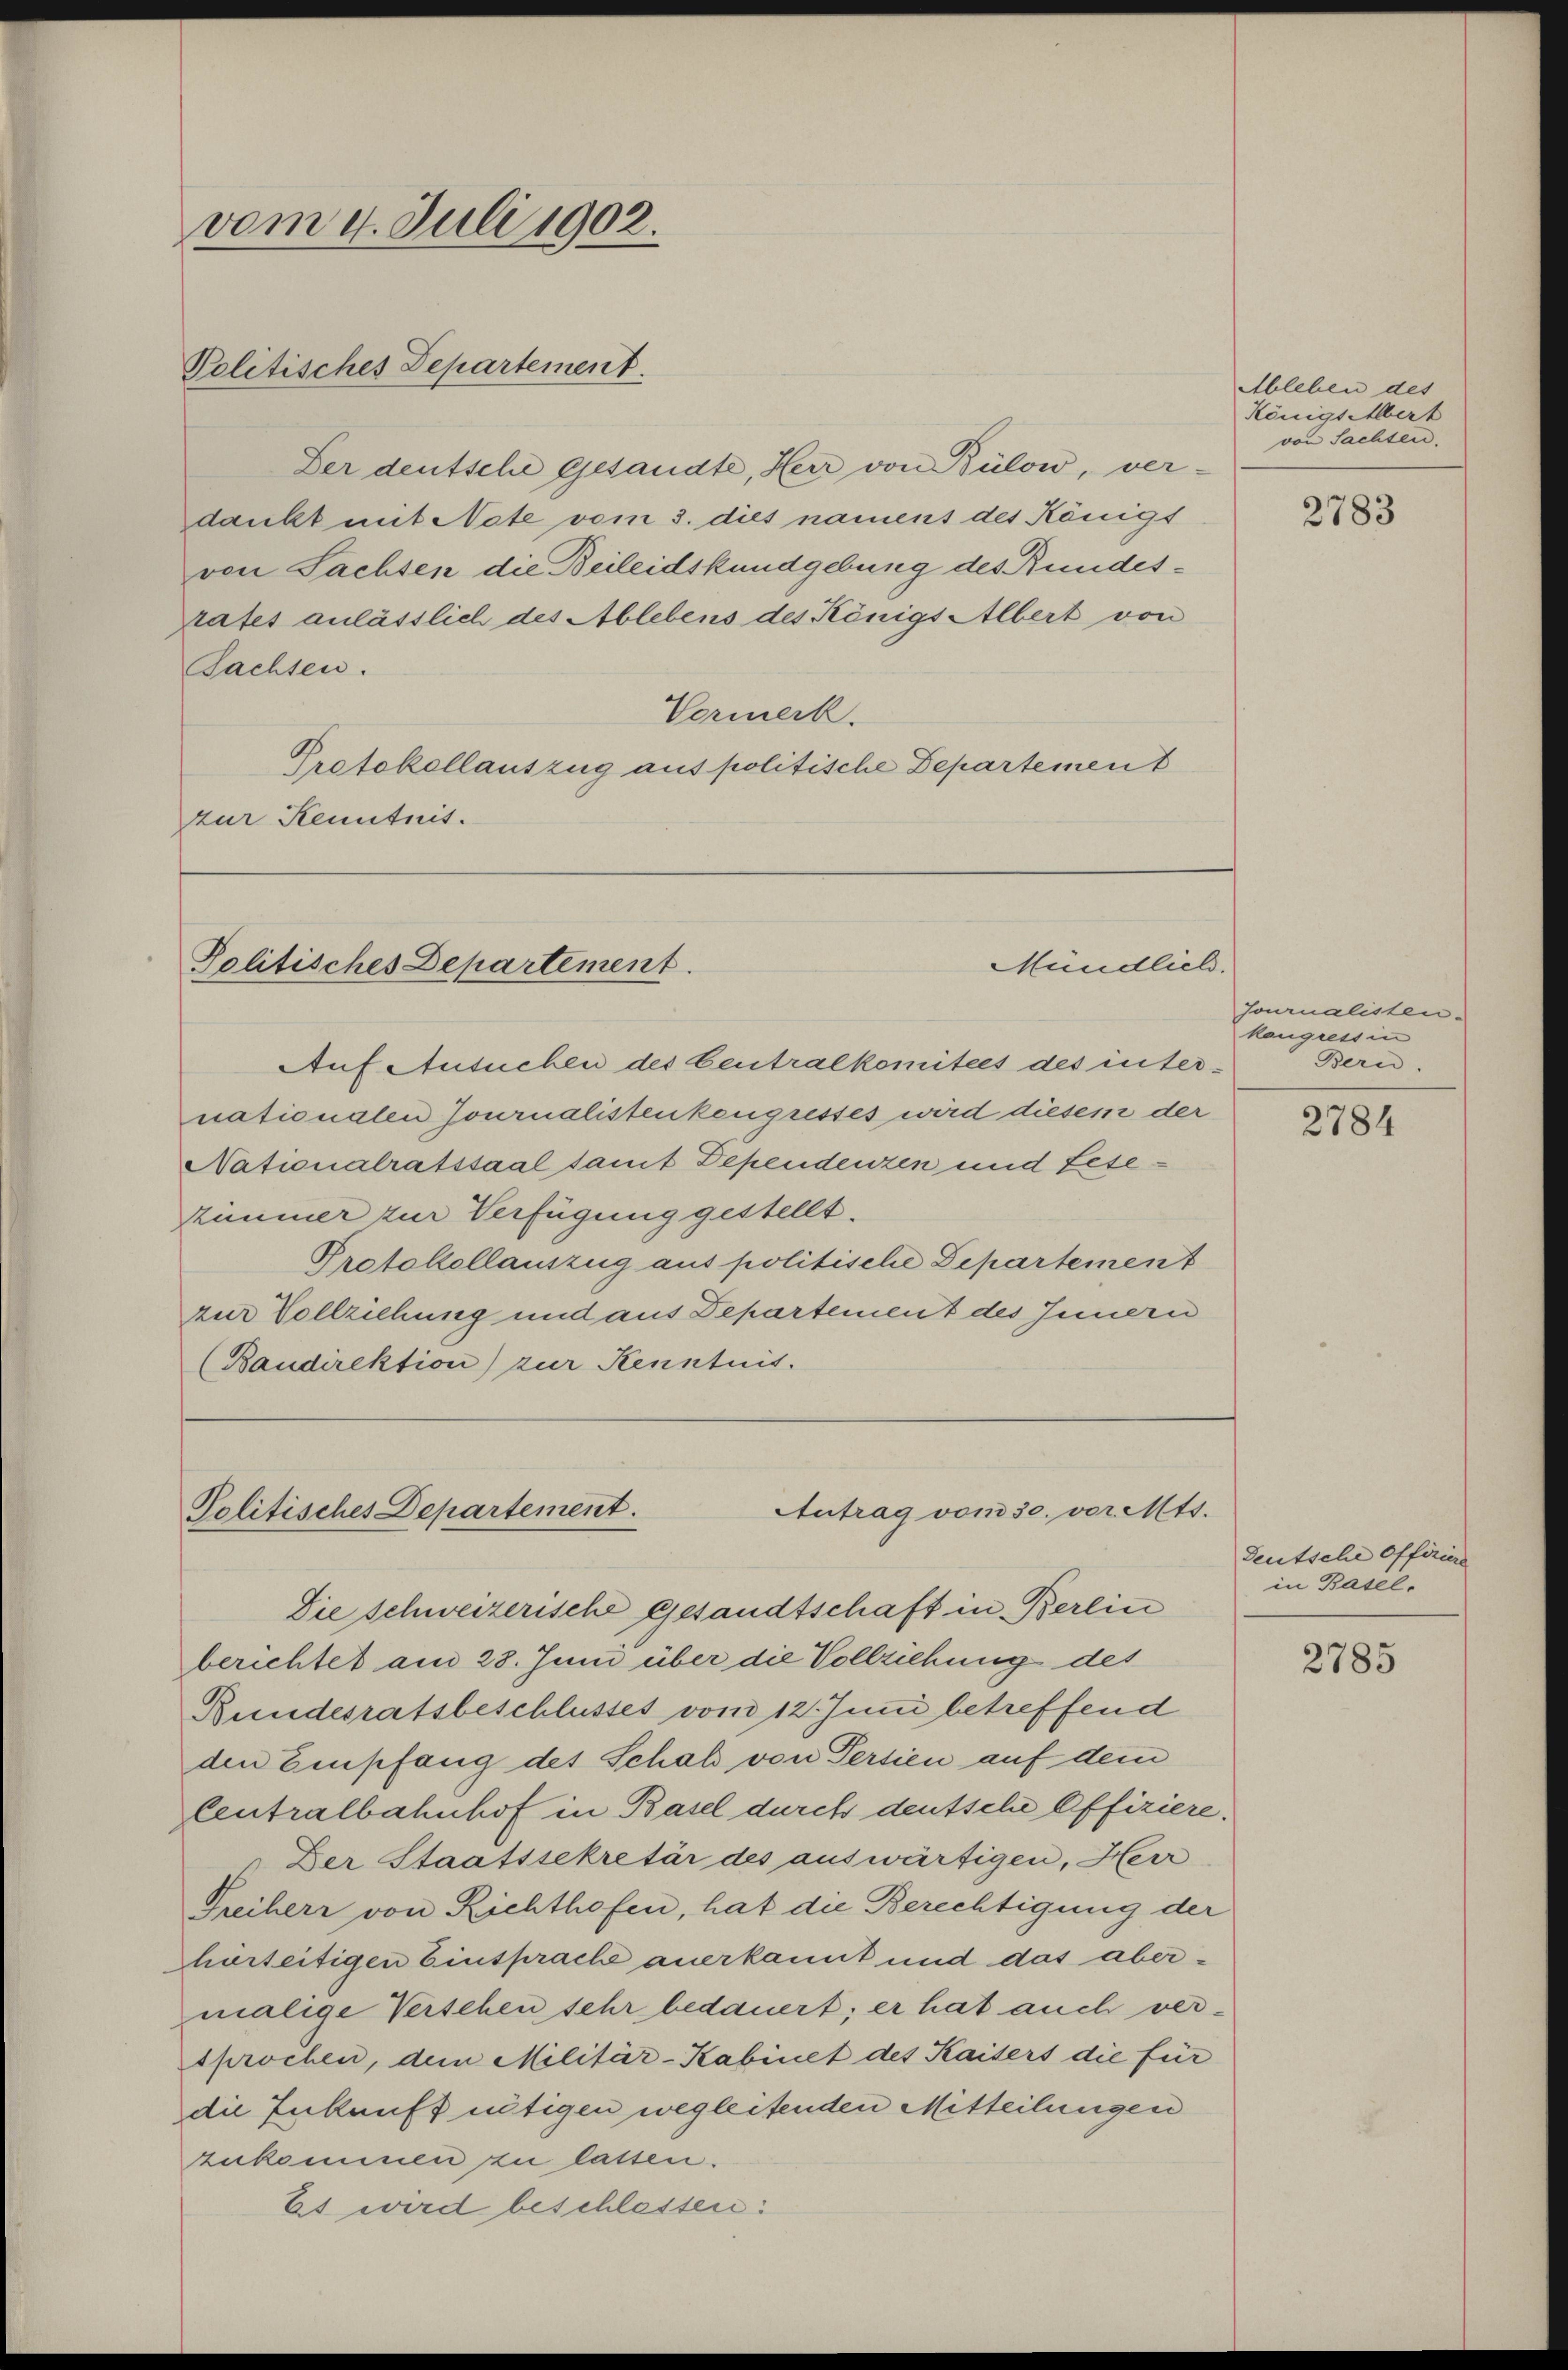
vom 4. Juli 1902.
Politisches Departement.

Der deutsche gesandte, Herr von Bülow, ver-
dankt mit Note vom 3. dies nament des Königt
von Sachsen die Beileidskundgebung des Bundesstrates anlässlich des Ablebens des Königs Albert von
Tachten.
Vormerk.
Protokollauszug aus politische Departement
zur Kenntnis.

Politisches Departement.

Ableben des
Königs Albert
von Sachsen.

Mündlich.

Auf Ansuchen des Centralkomitees des inter.
nationalen Journalistenkengresses wird diesem der
Nationalratssaal tamt Dependenzen und Lesekummer zur Verfügung gestellt.
Protokollauszug aus politische Departement
zur Vollziehung und aus Departement des Innern
(Baudirektion) zur Kenntnis.

Antrag vom 30. vor. Mts.
Politisches Departement.
Die schweizerische gesandtschaft in Berlin

Journalisten.
kangressin
Bern.

berichtet am 28. Juni über die Vollziehung des
Bundesratsbeschlusses vom 12. Juni betreffend
den Empfang des Schal von Persien auf dem
Centralbahnhof in Basel durch deutsche Offiziere.
" Der Staatssekretär des auswärtigen, Herr
Freiherr von Richthofen, hat die Berechtigung der
harteitigen Einsprache anerkannt und das aber-
malige Versehen sehr bedauert; er hat auch versprochen, dem Militär-Kabinet des Kaisers die für
die Zukunft nötigen wegleitenden Mitteilungen
zukommen zu lassen.
Es wird beschlassen:

2783

2784

Deutsche Offiziere
in Basel¬

2785